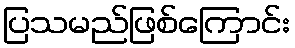
ပြသမည်ဖြစ်ကြောင်း